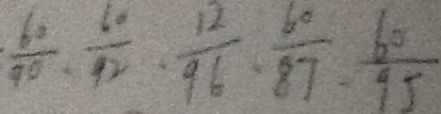
\frac { 6 0 } { 9 0 } 、 \frac { 6 0 } { 9 2 } 、 \frac { 1 2 } { 9 6 } 、 \frac { 6 0 } { 8 7 } 、 \frac { 6 0 } { 9 5 }